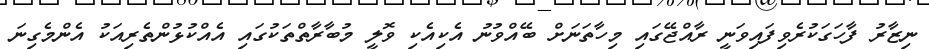
ނިޒާރު ފާހަގަކުރެވިފައިވަނީ ރާއްޖޭގައި މިހާތަނަށް ބޭއްވުނު އެކިއެކި ވޮލީ މުބާރާތްތަކުގައި އެއްކުޅުންތެރިއަކު އެންމެގިނަ